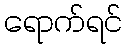
ရောက်ရင်